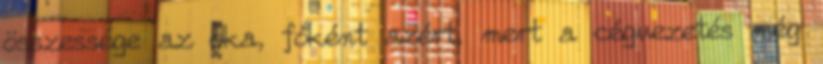
összessége az oka, főként azért, mert a cégvezetés még